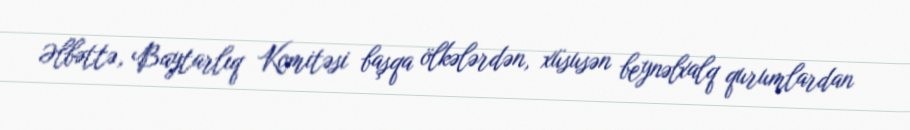
Əlbəttə, Baytarlıq Komitəsi başqa ölkələrdən, xüsusən beynəlxalq qurumlardan